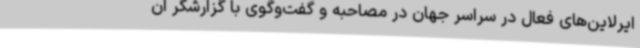
ایرلاین‌های فعال در سراسر جهان در مصاحبه و گفت‌وگوی با گزارشگر ان